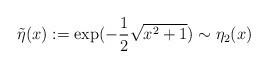
LaTeX: \begin{align*}\tilde\eta(x):=\exp(-\frac{1}{2}\sqrt{x^2+1})\sim\eta_2(x)\end{align*}